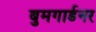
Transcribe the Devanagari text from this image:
बुमगार्डनर